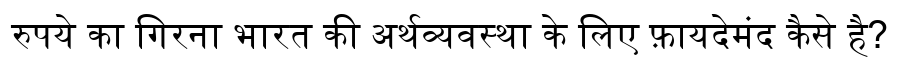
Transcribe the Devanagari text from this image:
रुपये का गिरना भारत की अर्थव्यवस्था के लिए फ़ायदेमंद कैसे है?